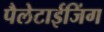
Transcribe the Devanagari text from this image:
पैलेटाईजिंग